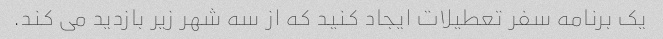
یک برنامه سفر تعطیلات ایجاد کنید که از سه شهر زیر بازدید می کند.